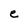
Character: e